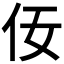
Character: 𪜨